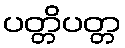
ပတ္တိပတ္တ